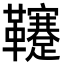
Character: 𩎀